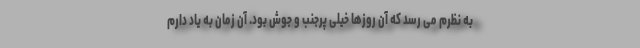
به نظرم می رسد که آن روزها خیلی پرجنب و جوش بود. آن زمان به یاد دارم